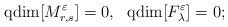
LaTeX: \begin{align*}{\rm qdim}[M^\varepsilon_{r,s}] =0, \ \ {\rm qdim}[F^\varepsilon_\lambda]=0;\end{align*}